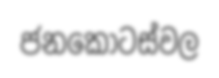
ජනකොටස්වල